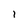
Character: 1